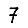
Digit: 7